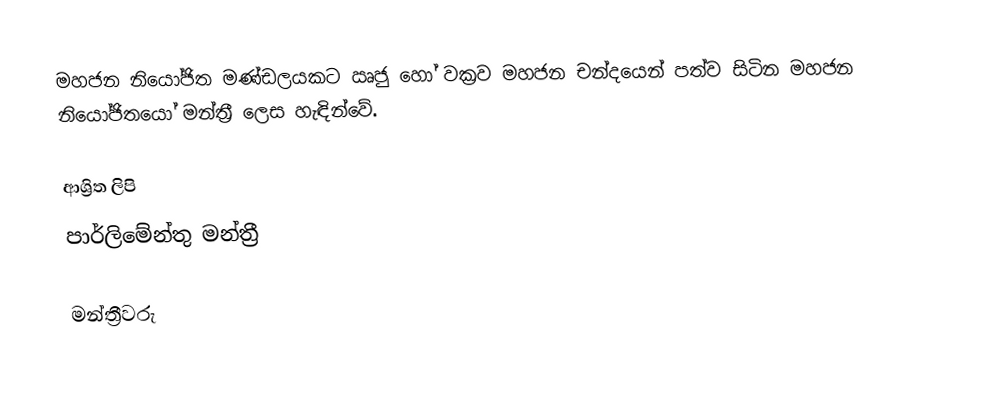
මහජන නියෝජිත මණ්ඩලයකට ඍජු හෝ වක්‍රව මහජන චන්දයෙන් පත්ව සිටින මහජන නියෝජිතයෝ මන්ත්‍රී ලෙස හැඳින්වේ.

ආශ්‍රිත ලිපි
 පාර්ලිමේන්තු මන්ත්‍රී

මන්ත්‍රීවරු